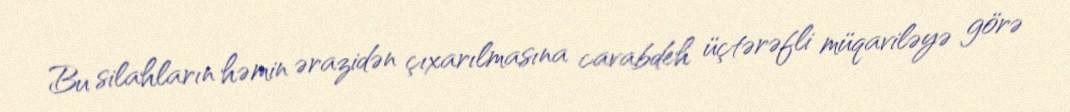
Bu silahların həmin ərazidən çıxarılmasına cavabdeh üçtərəfli müqaviləyə görə